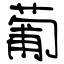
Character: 葡